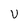
Character: U